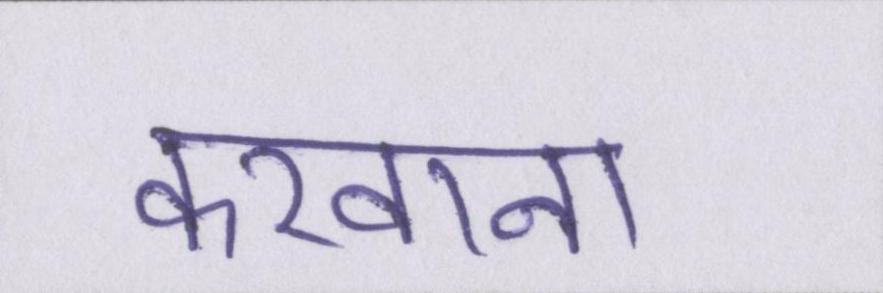
करवाना